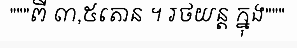
"""ពី ៣,៥តោន ។ រថយន្ត ក្នុង"""